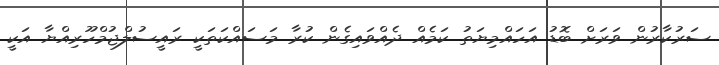
ސަރުކާރުން ވަރަށް ބޮޑު އަހައްމިޔަތު ކަމެއް ދެއްވައިގެން ކުރާ މަސައްކަތަކީ ރައީސުލްޖުމްހޫރިއްޔާ އަކީ